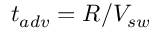
t _ { a d v } = R / V _ { s w }